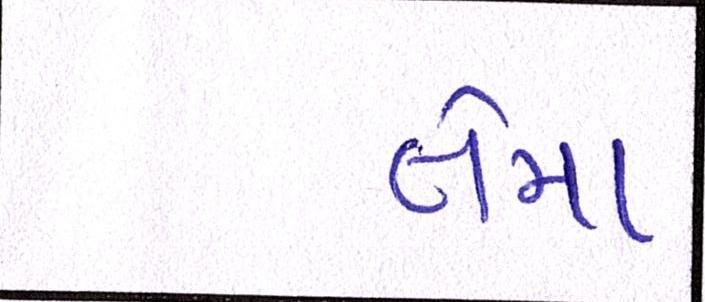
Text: તેમા